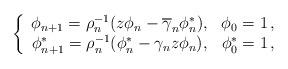
LaTeX: \begin{align*}\left\{\begin{array}{cc}\phi_{n+1}=\rho_n^{-1}(z\phi_n-\overline\gamma_n\phi_n^*),&\phi_0=1\,,\\\phi_{n+1}^*=\rho_n^{-1}(\phi_n^*-\gamma_n z\phi_n),&\phi^*_0=1\,,\end{array}\right.\end{align*}